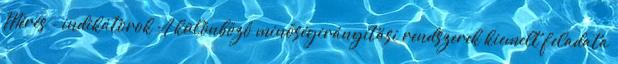
Mérés - indikátorok A különböző minőségirányítási rendszerek kiemelt feladata